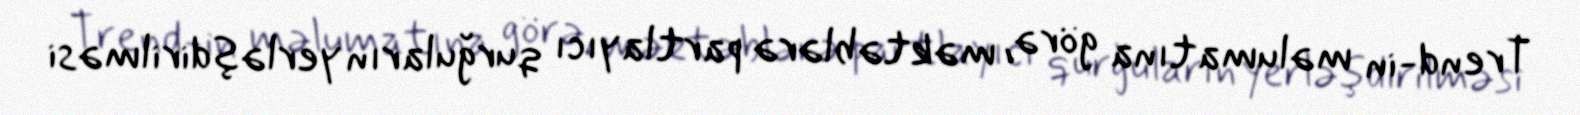
Trend-in məlumatına görə, məktəblərə partlayıcı qurğuların yerləşdirilməsi